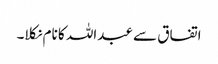
اتفاق سے عبداللہ کا نام نکلا۔